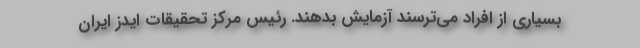
بسیاری از افراد می‌‌ترسند آزمایش بدهند. رئیس مرکز تحقیقات ایدز ایران